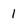
Character: 1